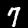
Label: 7